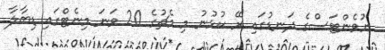
ޔުވެންޓަސްގެ ދަނޑުގައި ރޭ ކުޅުނު މި މެޗުގެ 20 ވަނަ މިނެޓްގައި ޑިބާލާ